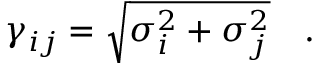
\gamma _ { i j } = \sqrt { \sigma _ { i } ^ { 2 } + \sigma _ { j } ^ { 2 } } \quad .